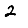
Digit: 2